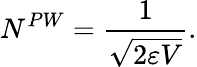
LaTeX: N^{PW}=\frac{1}{\sqrt{2\varepsilon V}}.